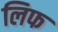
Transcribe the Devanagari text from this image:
लिफ